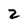
Character: 2